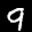
Label: 9